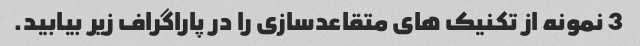
3 نمونه از تکنیک های متقاعدسازی را در پاراگراف زیر بیابید.